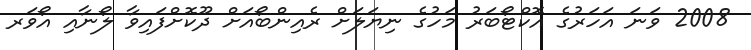
2008 ވަނަ އަހަރުގެ އޮކްޓޯބަރު މަހުގެ ނިޔަލަށް ރެއިންބޯއަށް ދޫކޮށްފައިވާ ލޯނާއި އޯވަރ